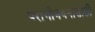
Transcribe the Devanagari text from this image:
परागीभवनासाठी